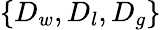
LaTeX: \{ D_{w},D_{l},D_{g}\}